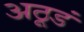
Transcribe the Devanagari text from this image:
अठूडं